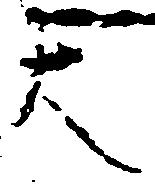
大